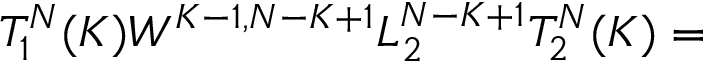
T _ { 1 } ^ { N } ( K ) W ^ { K - 1 , N - K + 1 } L _ { 2 } ^ { N - K + 1 } T _ { 2 } ^ { N } ( K ) =